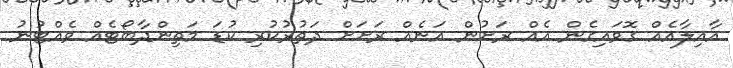
އާއިލާއެއް ގޮވައިގެން އެއް ރަށުން އަނެއް ރަށަށް ދަތުރުކުރި ކުޑަ މަތިންދާބޯޓެއް ވެއްޓުނު